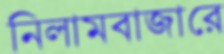
নিলামবাজারে